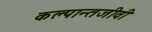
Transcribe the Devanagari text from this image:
कल्पान्तजीवी